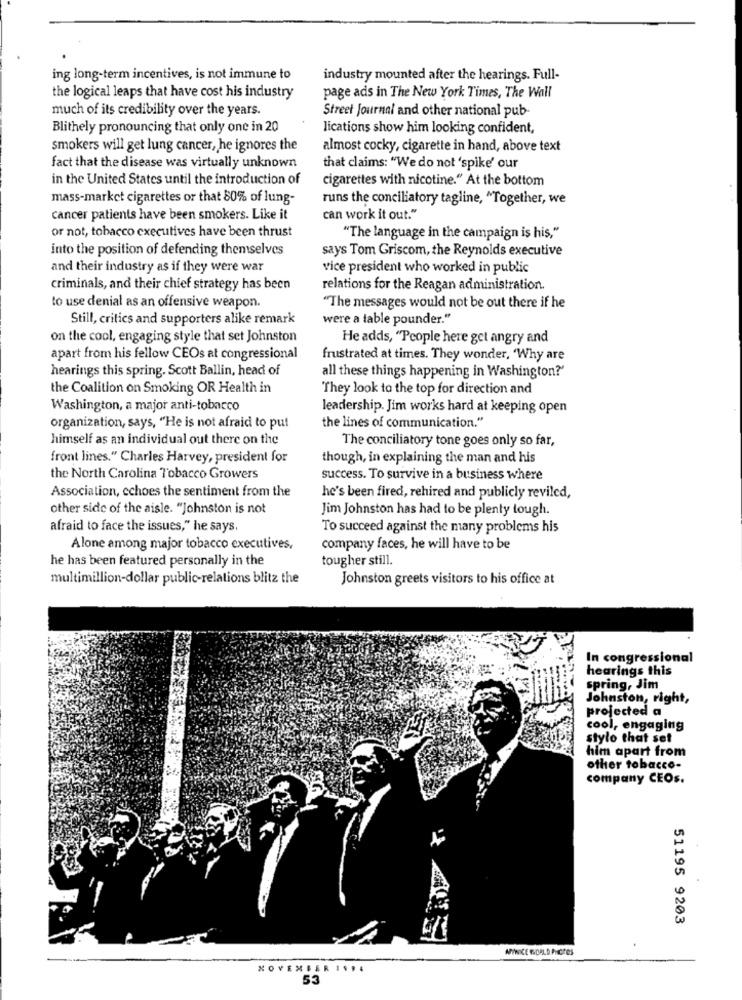
ing long-term incentives, is not immune to
industry mounted after the hearings. Full-
the logical leaps that have cost his industry
page ads in The New York Times, The Wall
much of its credibility over the years.
Street Journal and other national pub-
Blithely pronouncing that only one in 20
lications show him looking confident,
smokers will get lung cancer, he ignores the
almost cocky, cigarette in hand, above text
fact that the disease was virtually unknown
that claims: "We do not 'spike' our
in the United States until the introduction of
cigarettes with nicotine." At the bottom
mass-market cigarettes or that 80% of lung-
runs the conciliatory tagline, "Together, we
cancer patients have been smokers. Like it
can work it out."
or not, tobacco executives have been thrust
"The language in the campaign is his,"
into the position of defending themselves
says Tom Griscom, the Reynolds executive
and their industry as if they were war
vice president who worked in public
criminals, and their chief strategy has been
relations for the Reagan administration.
to use denial as an offensive weapon.
"The messages would not be out there if he
Still, critics and supporters alike remark
were a table pounder."
on the cool, engaging style that set Johnston
He adds, "People here get angry and
apart from his fellow CEOs at congressional
frustrated at times. They wonder, 'Why are
hearings this spring. Scott Ballin, head of
all these things happening in Washington?'
the Coalition on Smoking OR Health in
They look to the top for direction and
Washington, a major anti-tobacco
leadership. Jim works hard at keeping open
organization, says, "He is not afraid to put
the lines of communication."
himself as an individual out there on the
The conciliatory tone goes only so far,
front lines." Charles Harvey, president for
though, in explaining the man and his
the North Carolina Tobacco Growers
success. To survive in a business where
Association, echoes the sentiment from the
he's been fired, rehired and publicly reviled,
other side of the aisle. "Johnston is not
Jim Johnston has had to be plenty tough.
afraid to face the issues," he says,
To succeed against the many problems his
Alone among major tobacco executives,
company faces, he will have to be
he has been featured personally in the
tougher still.
multimillion-dollar public-relations blitz the
Johnston greets visitors to his office at
In congressional
hearings this
spring, Jim
Johnston, right,
projected a
cool, engaging
stylo that set
him apart from
other tobacco-
company CEOs.
51195 9203
ANYNICE WORLD FICHES
NOVEMBER 1994
53